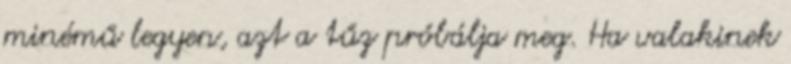
minémű legyen, azt a tűz próbálja meg. Ha valakinek